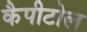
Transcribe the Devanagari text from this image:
कैपीटोल